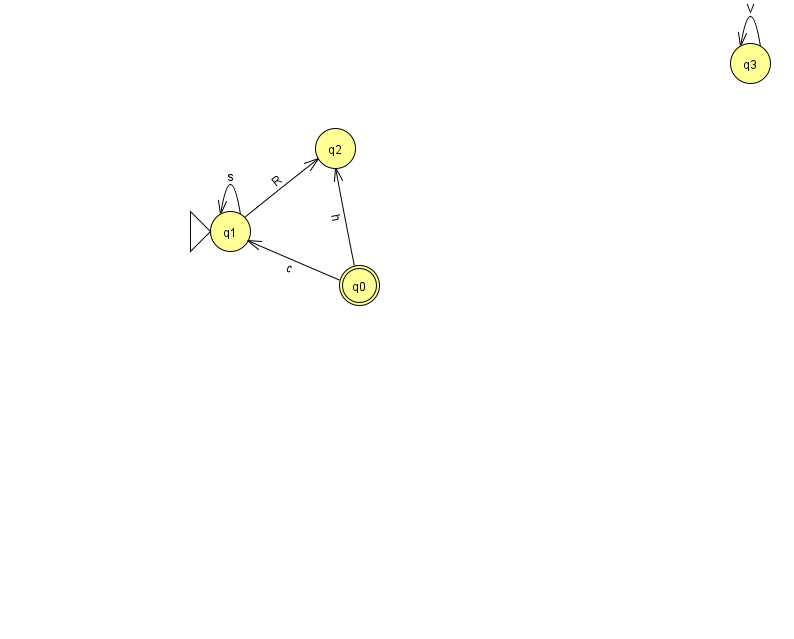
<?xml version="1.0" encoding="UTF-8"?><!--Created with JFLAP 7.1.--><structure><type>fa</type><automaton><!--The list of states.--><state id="0" name="q0"><x>359.0</x><y>272.0</y><final/></state><state id="1" name="q1"><x>230.0</x><y>218.0</y><initial/></state><state id="2" name="q2"><x>335.0</x><y>135.0</y></state><state id="3" name="q3"><x>750.0</x><y>50.0</y></state><!--The list of transitions.--><transition><from>0</from><to>2</to><read>h</read></transition><transition><from>1</from><to>1</to><read>s</read></transition><transition><from>3</from><to>3</to><read>V</read></transition><transition><from>1</from><to>2</to><read>R</read></transition><transition><from>0</from><to>1</to><read>c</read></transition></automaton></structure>